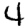
Digit: 4